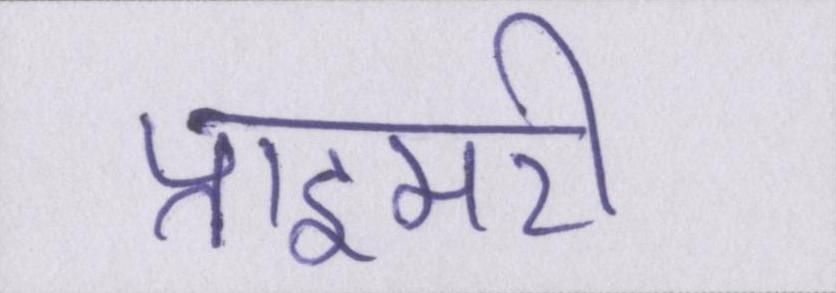
प्राइमरी